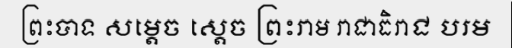
ព្រះបាទ សម្តេច ស្តេច ព្រះរាម រាជាធិរាជ បរម